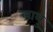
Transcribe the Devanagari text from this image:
लाभु